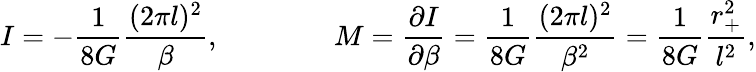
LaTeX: I=-{\frac{1}{8G}}{\frac{(2\pi l)^{2}}{\beta}},\qquad\qquad M={\frac{\partial I}{\partial\beta}}={\frac{1}{8G}}{\frac{(2\pi l)^{2}}{\beta^{2}}}={\frac{1}{8G}}{\frac{r_{+}^{2}}{l^{2}}},